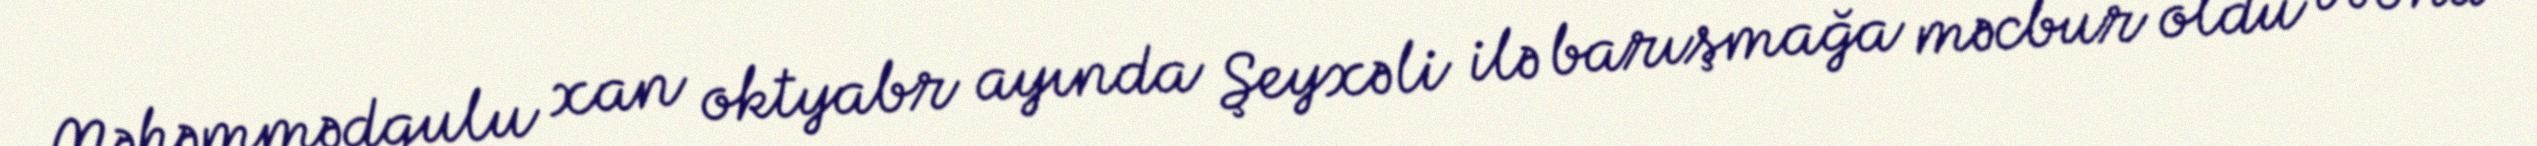
Məhəmmədqulu xan oktyabr ayında Şeyxəli ilə barışmağa məcbur oldu və ona